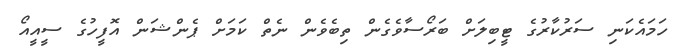
ހަމައެކަނި ސަރުކާރުގެ ޓީބިލަށް ބަރޯސާވެގެން ތިބެވެން ނެތް ކަމަށް ޕެންޝަން އޮފީހުގެ ސީއީއޯ